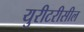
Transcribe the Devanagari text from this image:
युरीटरीसील